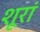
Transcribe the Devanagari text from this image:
शूरां